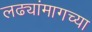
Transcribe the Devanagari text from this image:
लढ्यांमागच्या